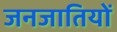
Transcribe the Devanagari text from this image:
जनजातियाें